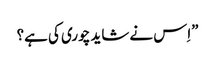
”اِس نے شاید چوری کی ہے؟